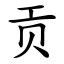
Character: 贡